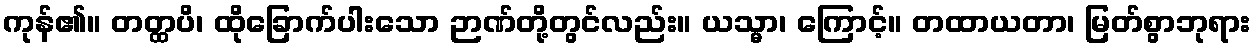
ကုန်၏။ တတ္ထပိ၊ ထိုခြောက်ပါးသော ဉာဏ်တို့တွင်လည်း။ ယသ္မာ၊ ကြောင့်။ တထာယတာ၊ မြတ်စွာဘုရား